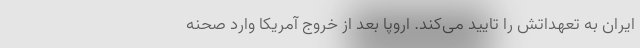
ایران به تعهداتش را تایید می‌کند. اروپا بعد از خروج آمریکا وارد صحنه